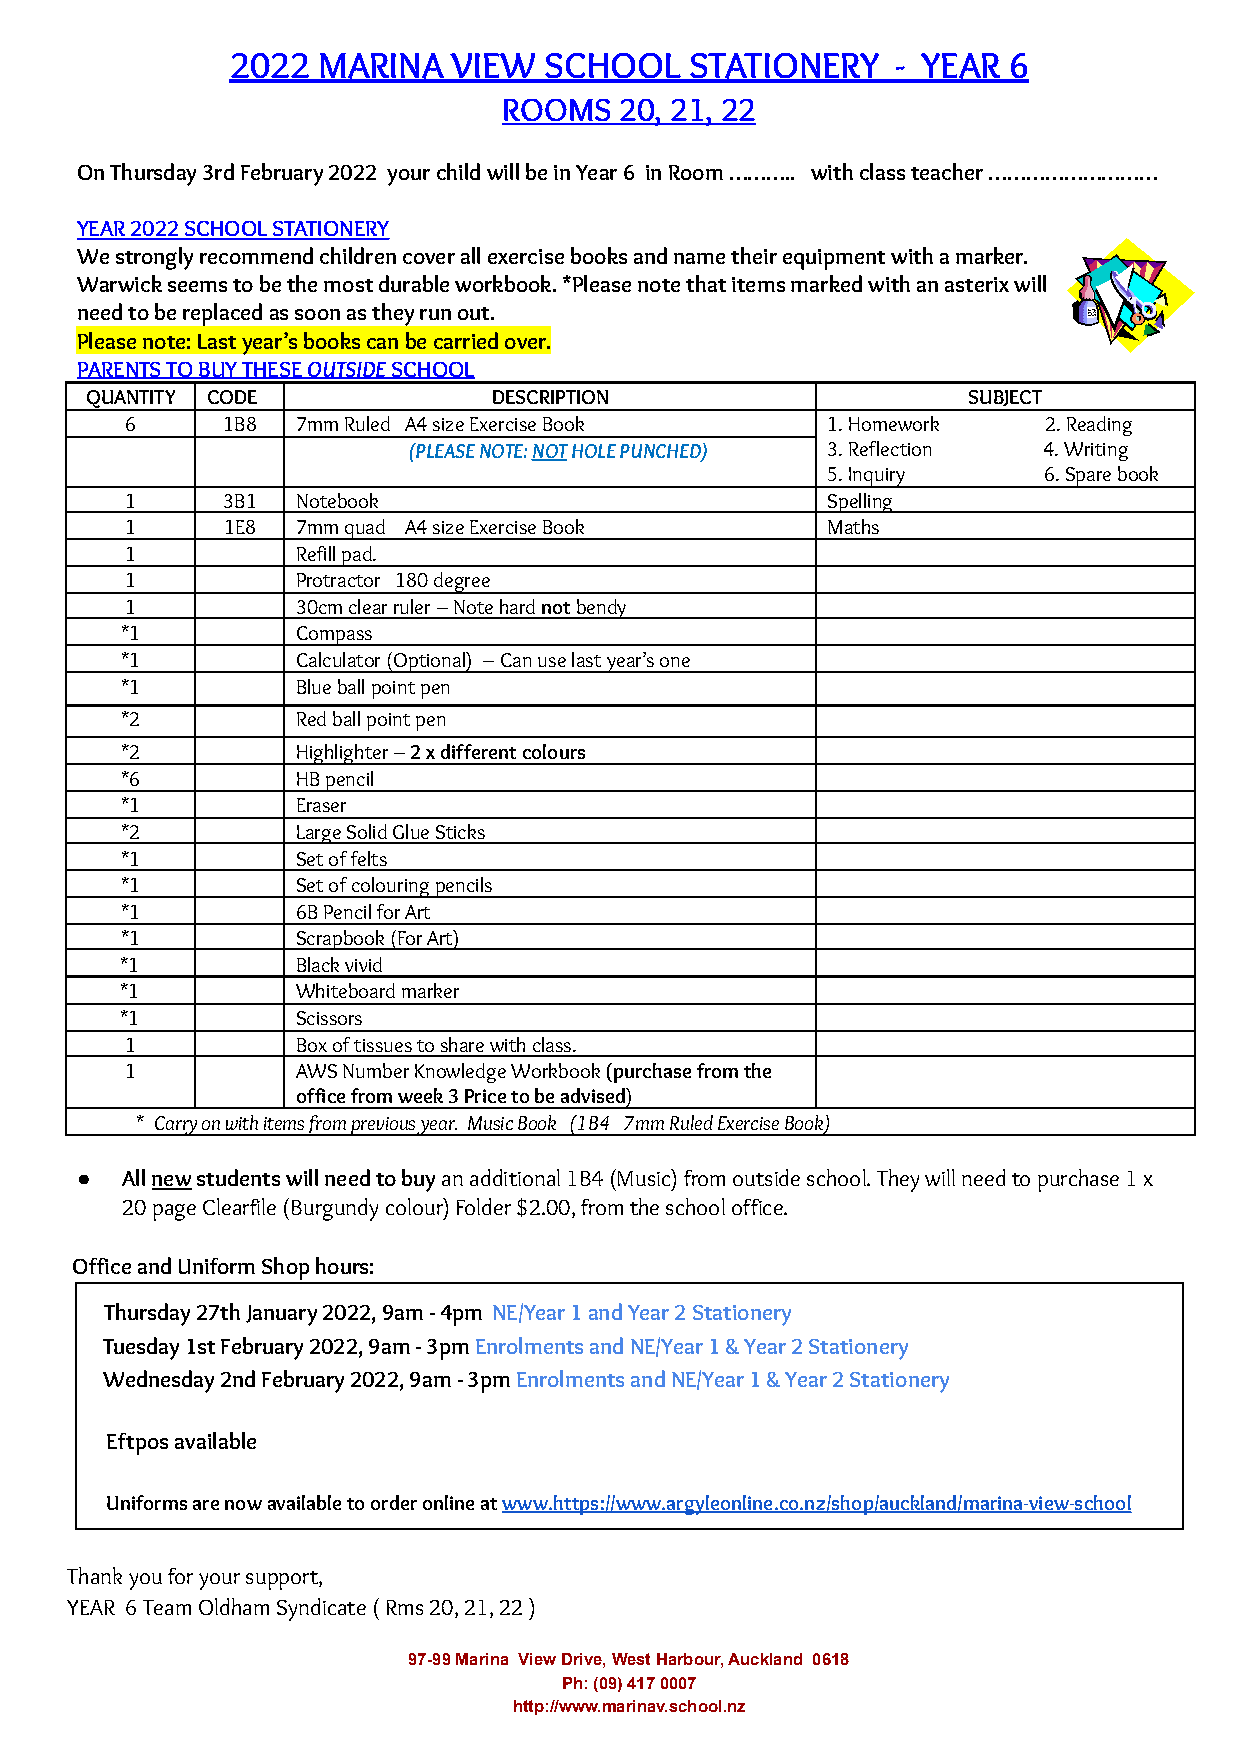
2022  MARINA   VIEW  SCHOOL    STATIONERY   - YEAR  6
 ROOMS   20, 21, 22
 On Thursday 3rd February 2022 your child will be in Year 6 in Room ……….. with class teacher ………………………
 YEAR 2022 SCHOOL STATIONERY
 We strongly recommend children cover all exercise books and name their equipment with a marker.
 Warwick seems to be the most durable workbook. *Please note that items marked with an asterix will
 need to be replaced as soon as they run out.
 Please note: Last year’s books can be carried over.
 PARENTS TO BUY THESEOUTSIDESCHOOL
 QUANTITY CODE              DESCRIPTION                    SUBJECT
 6      1B8  7mm Ruled A4 size Exercise Book    1. Homework   2. Reading
 (PLEASE NOTE:NOTHOLE PUNCHED) 3. Reflection 4. Writing
 5. Inquiry    6. Spare book
 1      3B1  Notebook                           Spelling
 1      1E8  7mm quad A4 size Exercise Book     Maths
 1           Refill pad.
 1           Protractor 180 degree
 1           30cm clear ruler – Note hardnotbendy
 *1          Compass
 *1          Calculator (Optional) – Can use last year’s one
 *1          Blue ball point pen
 *2          Red ball point pen
 *2          Highlighter –2 x different colours
 *6          HB pencil
 *1          Eraser
 *2          Large Solid Glue Sticks
 *1          Set of felts
 *1          Set of colouring pencils
 *1          6B Pencil for Art
 *1          Scrapbook (For Art)
 *1          Black vivid
 *1          Whiteboard marker
 *1          Scissors
 1           Box of tissues to share with class.
 1           AWS Number Knowledge Workbook(purchase from the
 office from week 3 Price to be advised)
 * Carry on with items from previous year. MusicBook (1B4 7mm Ruled Exercise Book)
 ●  Allnewstudents will need to buyan additional 1B4(Music) from outside school. They will need to purchase 1 x
 20 page Clearfile (Burgundy colour) Folder $2.00, from the school office.
 Office and Uniform Shop hours:
 Thursday 27th January 2022, 9am - 4pm NE/Year1 and Year 2 Stationery
 Tuesday 1st February 2022, 9am - 3pmEnrolmentsand NE/Year 1 & Year 2 Stationery
 Wednesday 2nd February 2022, 9am - 3pmEnrolmentsand NE/Year 1 & Year 2 Stationery
 Eftpos available
 Uniforms are now available to order online atwww.https://www.argyleonline.co.nz/shop/auckland/marina-view-school
 Thank you for your support,
 YEAR 6 Team Oldham Syndicate ( Rms 20, 21, 22 )
 97-99 Marina View Drive, West Harbour, Auckland 0618
 Ph: (09) 417 0007
 http://www.marinav.school.nz